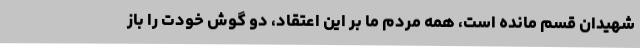
شهیدان قسم مانده است، همه مردم ما بر این اعتقاد، دو گوش خودت را باز